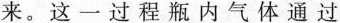
来。这一过程瓶内气体通过